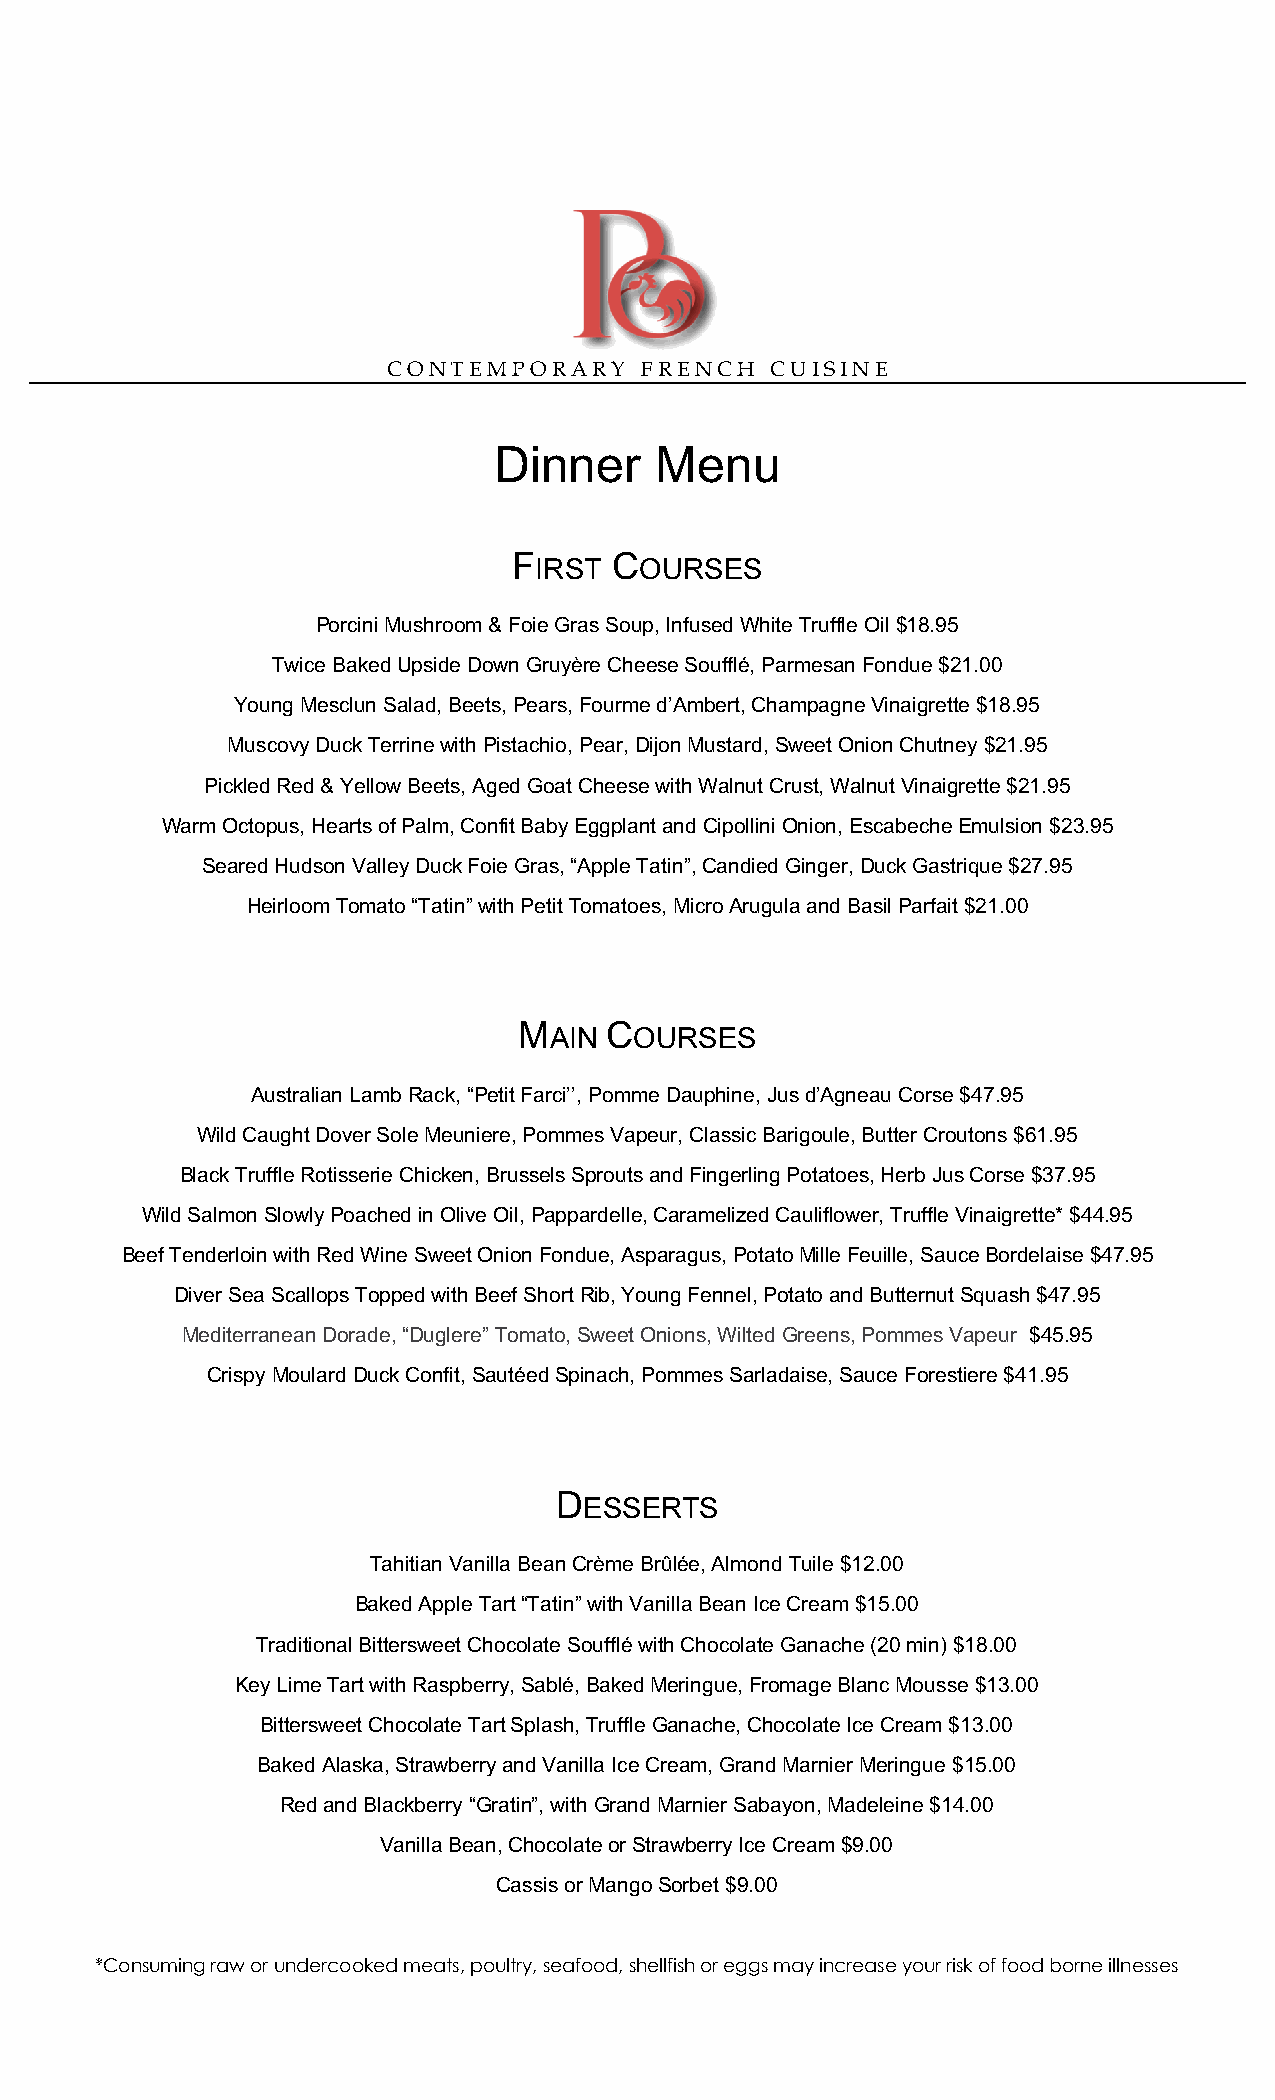
C O N T E M P O R A R Y F R E N C H C U I S I N E
 Dinner    Menu
 F      C
 IRST   OURSES
 Porcini Mushroom & Foie Gras Soup, Infused White Truffle Oil $18.95
 Twice Baked Upside Down Gruyère Cheese Soufflé, Parmesan Fondue $21.00
 Young Mesclun Salad, Beets, Pears, Fourme d’Ambert, Champagne Vinaigrette $18.95
 Muscovy Duck Terrine with Pistachio, Pear, Dijon Mustard, Sweet Onion Chutney $21.95
 Pickled Red & Yellow Beets, Aged Goat Cheese with Walnut Crust, Walnut Vinaigrette $21.95
 Warm Octopus, Hearts of Palm, Confit Baby Eggplant and Cipollini Onion, Escabeche Emulsion $23.95
 Seared Hudson Valley Duck Foie Gras, “Apple Tatin”, Candied Ginger, Duck Gastrique $27.95
 Heirloom Tomato “Tatin” with Petit Tomatoes, Micro Arugula and Basil Parfait $21.00
 M     C
 AIN   OURSES
 Australian Lamb Rack, “Petit Farci’’, Pomme Dauphine, Jus d’Agneau Corse $47.95
 Wild Caught Dover Sole Meuniere, Pommes Vapeur, Classic Barigoule, Butter Croutons $61.95
 Black Truffle Rotisserie Chicken, Brussels Sprouts and Fingerling Potatoes, Herb Jus Corse $37.95
 Wild Salmon Slowly Poached in Olive Oil, Pappardelle, Caramelized Cauliflower, Truffle Vinaigrette* $44.95
 Beef Tenderloin with Red Wine Sweet Onion Fondue, Asparagus, Potato Mille Feuille, Sauce Bordelaise $47.95
 Diver Sea Scallops Topped with Beef Short Rib, Young Fennel, Potato and Butternut Squash $47.95
 Mediterranean Dorade, “Duglere” Tomato, Sweet Onions, Wilted Greens, Pommes Vapeur $45.95
 Crispy Moulard Duck Confit, Sautéed Spinach, Pommes Sarladaise, Sauce Forestiere $41.95
 D
 ESSERTS
 Tahitian Vanilla Bean Crème Brûlée, Almond Tuile $12.00
 Baked Apple Tart “Tatin” with Vanilla Bean Ice Cream $15.00
 Traditional Bittersweet Chocolate Soufflé with Chocolate Ganache (20 min) $18.00
 Key Lime Tart with Raspberry, Sablé, Baked Meringue, Fromage Blanc Mousse $13.00
 Bittersweet Chocolate Tart Splash, Truffle Ganache, Chocolate Ice Cream $13.00
 Baked Alaska, Strawberry and Vanilla Ice Cream, Grand Marnier Meringue $15.00
 Red and Blackberry “Gratin”, with Grand Marnier Sabayon, Madeleine $14.00
 Vanilla Bean, Chocolate or Strawberry Ice Cream $9.00
 Cassis or Mango Sorbet $9.00
 *Consuming raw or undercooked meats, poultry, seafood, shellfish or eggs may increase your risk of food borne illnesses